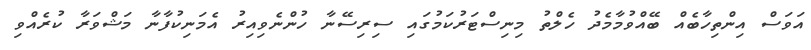
އަވަސް އިންތިހާބެއް ބޭއްވުމާމެދު ހެލްތު މިނިސްޓަރުކަމުގައި ސިރިސޭނާ ހުންނެވިއިރު އެމަނިކުފާނާ މަޝްވަރާ ކުރެއްވި